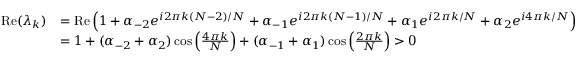
{ \begin{array} { r l } { \operatorname { R e } ( \lambda _ { k } ) } & { = \operatorname { R e } \left( 1 + \alpha _ { - 2 } e ^ { i 2 \pi k ( N - 2 ) / N } + \alpha _ { - 1 } e ^ { i 2 \pi k ( N - 1 ) / N } + \alpha _ { 1 } e ^ { i 2 \pi k / N } + \alpha _ { 2 } e ^ { i 4 \pi k / N } \right) } \\ & { = 1 + ( \alpha _ { - 2 } + \alpha _ { 2 } ) \cos \left( { \frac { 4 \pi k } { N } } \right) + ( \alpha _ { - 1 } + \alpha _ { 1 } ) \cos \left( { \frac { 2 \pi k } { N } } \right) > 0 } \end{array} }